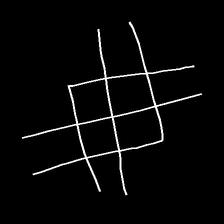
Glyph: crystal